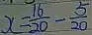
x = \frac { 1 6 } { 2 0 } - \frac { 5 } { 2 0 }